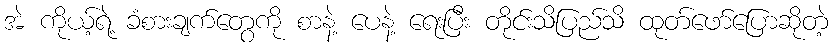
အဲ ကိုယ့်ရဲ့ ခံစားချက်တွေကို စာနဲ့ ပေနဲ့ ရေးပြီး တိုင်းသိပြည်သိ ထုတ်ဖော်ပြောဆိုတဲ့